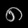
Digit: ၈